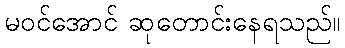
မဝင်အောင် ဆုတောင်းနေရသည်။